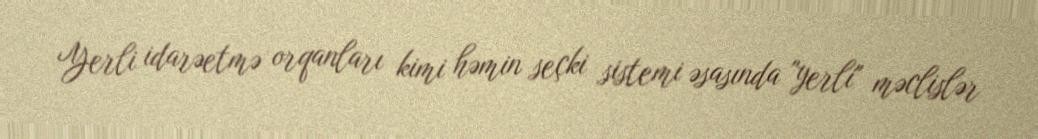
Yerli idarəetmə orqanları kimi həmin seçki sistemi əsasında "yerli" məclislər